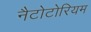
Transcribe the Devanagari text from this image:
नैटोटोरियम